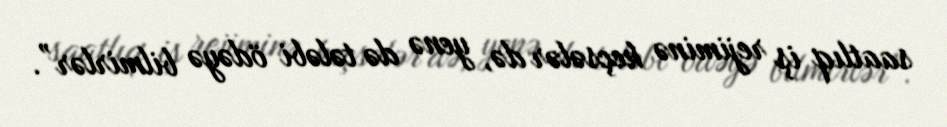
saatlıq iş rejiminə keçsələr də, yenə də tələbi ödəyə bilmirlər”.